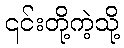
၎င်းတို့ကဲ့သို့